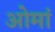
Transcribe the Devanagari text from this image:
ओमां